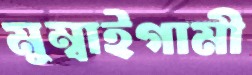
মুম্বাইগামী